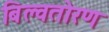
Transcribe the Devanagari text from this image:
बिल्वतोरण